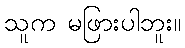
သူက မဖြားပါဘူး။